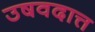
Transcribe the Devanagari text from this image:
उषवदात्त